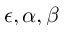
\epsilon , \alpha , \beta